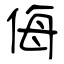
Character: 侮